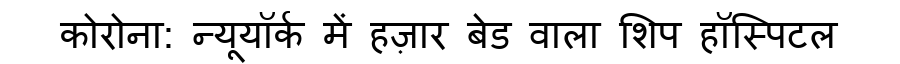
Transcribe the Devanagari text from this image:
कोरोना: न्यूयॉर्क में हज़ार बेड वाला शिप हॉस्पिटल